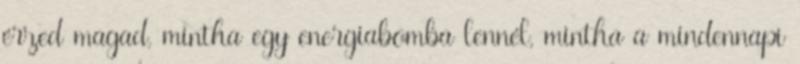
érzed magad, mintha egy energiabomba lennél, mintha a mindennapi